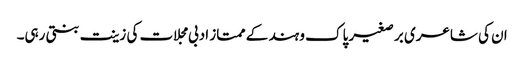
ان کی شاعری بر صغیر پاک و ہند کے ممتاز ادبی مجلات کی زینت بنتی رہی۔